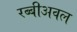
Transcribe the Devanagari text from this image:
रब्बीअवल